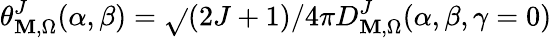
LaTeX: \theta_{\mathbf{M},\Omega}^{J}(\alpha,\beta)=\sqrt{}{{(2J+1)/{4\pi}}}D_{\mathbf{M},\Omega}^{J}(\alpha,\beta,\gamma=0)